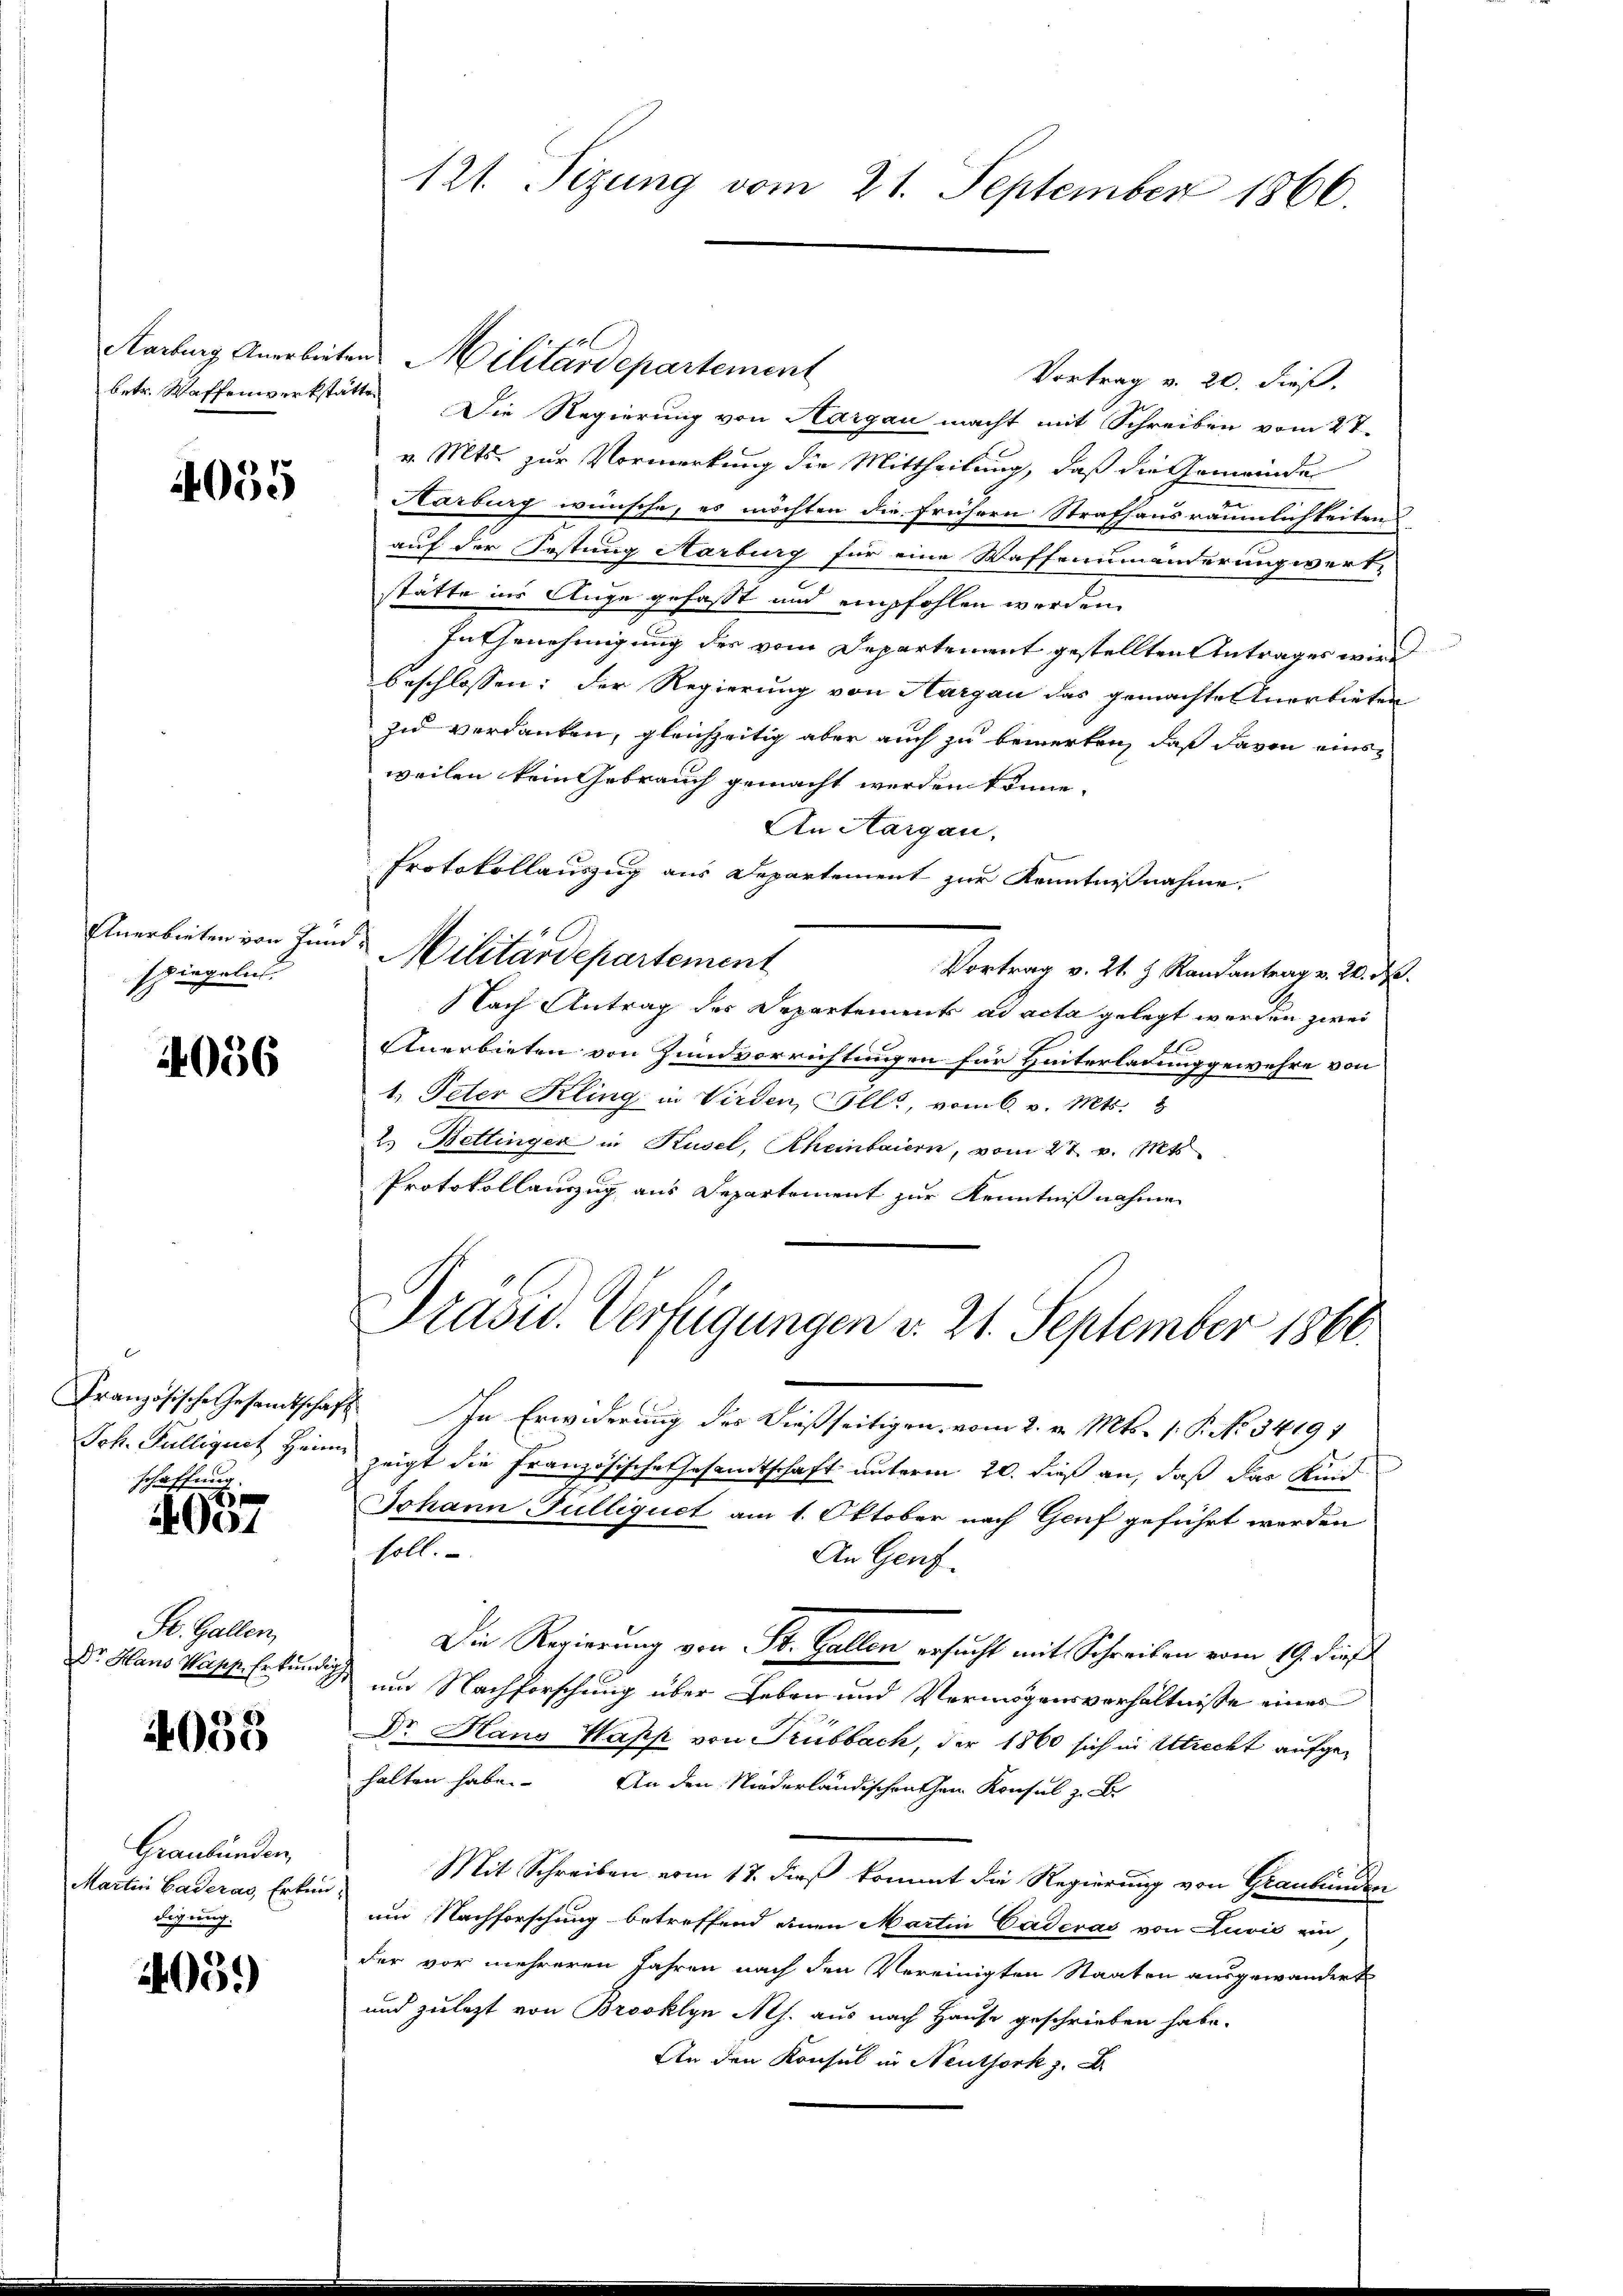
4055

spiegeln.

4056

schaffung.
2

001

St. Gallen,

4038

Graubünden,
Martin Baderas Erken
digung.

405.

121. Tizung vom 21. September 1866.

Vortrag v. 20. dieß.
betr. Waffenwerkstätte Die Regierung von Aargau macht mit Schreiben vom 27.
v. Mts. zur Vormerkung die Mittheilung, daß die Gemeinde
Harburg wünsche, es möchten die frühern Strafhausräumlichkeiten
auf der Festung Karburg für eine Waffenumänderungswert-
statte ins Auge gefasst und empfohlen worden.
In Genehmigung der vom Departement gestellten Antrages wird
beschlossen: der Regierung von Hargau das gemachte Anerbieten
zi verdanken, gleichzeitig aber auch zu bemerken, daß davon eins
weilen kein Gebrauch gemacht werden könne.
An Aargau,
Protokollauszug aus Departement zur Kenntnisnahme.
Anerbieten von Hunde Militärdepartement
Vortrag v. 21. H. Randantrag v. 2. ds.
Nach Antrag des Departements ad acta gelegt werden zwei
1
Anerbieten von Zundvorrichtungen für Hinterladung gewehre von
1. Peter Kling in Virden Ills, vom 6. v. Mts. &
2.) Bettinger in Kusel, Rheinbauern, vom 27. v. Mts
Protokollauszug aus Departement zur Kenntnißnahmen

Aarburg Anerbieten Militärdepartement

Präsid. Verfügungen v. 21. September 1866.

Französische Gesamtschaft. In Erwiderung der dießseitigen, vom 2. v. Mts. 1. P. No 34191
Joh. Falliguet Heim zeigt die französische Gesandtschaft unterm 20. dieß an, daß das Kind
Johann, Gulliquet am 1. Oktober nach Genf geführt werden
soll.
An Genf.
Die Regierung von St. Gallen ersucht mit Schreiben vom 19. dies
Dr. Hans Wapp. Erkundig und Nachforschung über Leben und Vermögensverhältnisse eines
Dr Hans Wapp von Trubbach, der 1860 sich in Utrecht aufgehalten habe. An den Niederländischenen Konsul z. B.
Mit Schreiben vom 17. dieß kommt die Regierung von Graubünden
u
um Nachforschung betreffend einen Martin Caderas von Zuvić ein
der vor mehreren Jahren nach den Vereinigten Staaten ausgewandert
und zulezt von Brooklyn Ms. aus nach Hause geschrieben habe.
An den Konsul in Neuthork z. B.